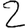
Digit: 2